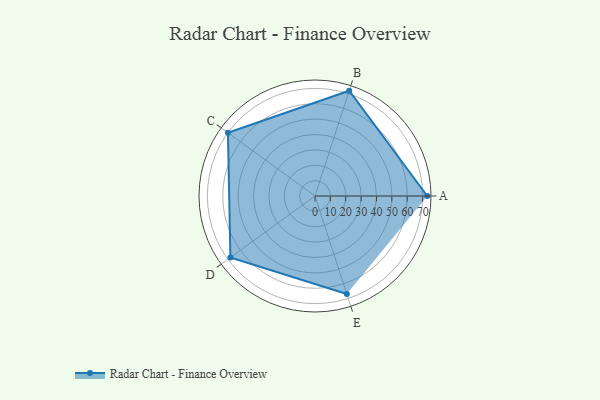
{"axis": {"x": "Skill", "y": "Score"}, "legend": ["Profile"], "data": [{"x": "A", "y": 73.0, "type": "Profile"}, {"x": "B", "y": 72.0, "type": "Profile"}, {"x": "C", "y": 70.0, "type": "Profile"}, {"x": "D", "y": 68.0, "type": "Profile"}, {"x": "E", "y": 67.0, "type": "Profile"}]}